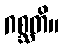
ဂစ္ဆတိ။